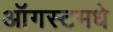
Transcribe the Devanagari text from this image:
ऑगस्टमधे